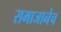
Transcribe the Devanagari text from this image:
समाजानेच